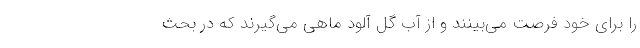
را برای خود فرصت می‌بینند و از آب گل آلود ماهی می‌گیرند که در بحث